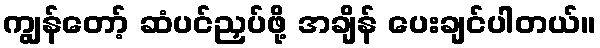
ကျွန်တော့် ဆံပင်ညှပ်ဖို့ အချိန် ပေးချင်ပါတယ်။